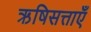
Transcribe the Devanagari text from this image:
ऋषिसत्ताएँ